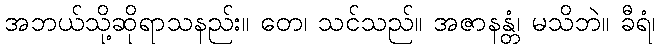
အဘယ်သို့ဆိုရာသနည်း။ တေ၊ သင်သည်။ အဇာနန္တံ၊ မသိဘဲ။ ခီရံ၊